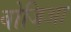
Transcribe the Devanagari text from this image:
बोजिआ